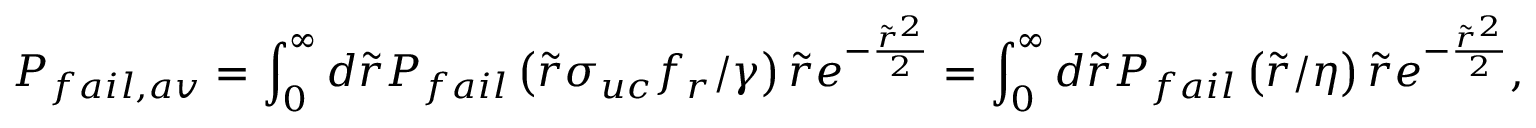
P _ { f a i l , a v } = \int _ { 0 } ^ { \infty } d \tilde { r } P _ { f a i l } \left( \tilde { r } \sigma _ { u c } f _ { r } / \gamma \right) \tilde { r } e ^ { - \frac { \tilde { r } ^ { 2 } } { 2 } } = \int _ { 0 } ^ { \infty } d \tilde { r } P _ { f a i l } \left( \tilde { r } / \eta \right) \tilde { r } e ^ { - \frac { \tilde { r } ^ { 2 } } { 2 } } ,